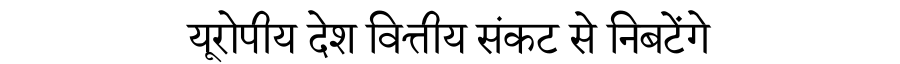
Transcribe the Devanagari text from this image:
यूरोपीय देश वित्तीय संकट से निबटेंगे